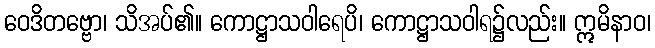
ဝေဒိတဗ္ဗော၊ သိအပ်၏။ ကောဋ္ဌာသဝါရေပိ၊ ကောဋ္ဌာသဝါရ၌လည်း။ ဣမိနာဝ၊